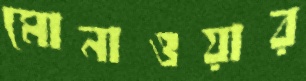
মোনাওয়ার